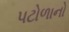
પટોળાનો